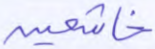
خاشعين